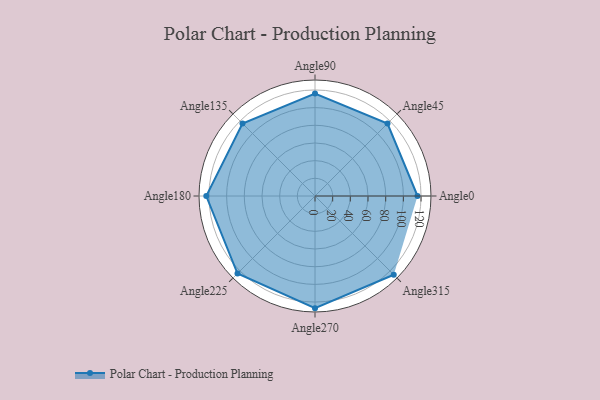
{"axis": {"x": "Angle", "y": "Radius"}, "legend": [""], "data": [{"x": "Angle0", "y": 116.0, "type": ""}, {"x": "Angle45", "y": 116.0, "type": ""}, {"x": "Angle90", "y": 116.0, "type": ""}, {"x": "Angle135", "y": 116.0, "type": ""}, {"x": "Angle180", "y": 123.0, "type": ""}, {"x": "Angle225", "y": 124.0, "type": ""}, {"x": "Angle270", "y": 127.0, "type": ""}, {"x": "Angle315", "y": 126.0, "type": ""}]}